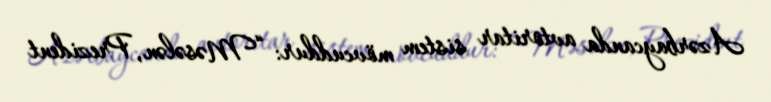
Azərbaycanda avtoritar sistem mövcuddur: “Məsələn, Prezident